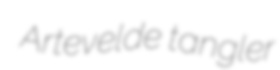
Artevelde tangler